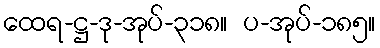
ထေရ-ဋ္ဌ-ဒု-အုပ်-၃၁၈။ ပ-အုပ်-၁၈၅။